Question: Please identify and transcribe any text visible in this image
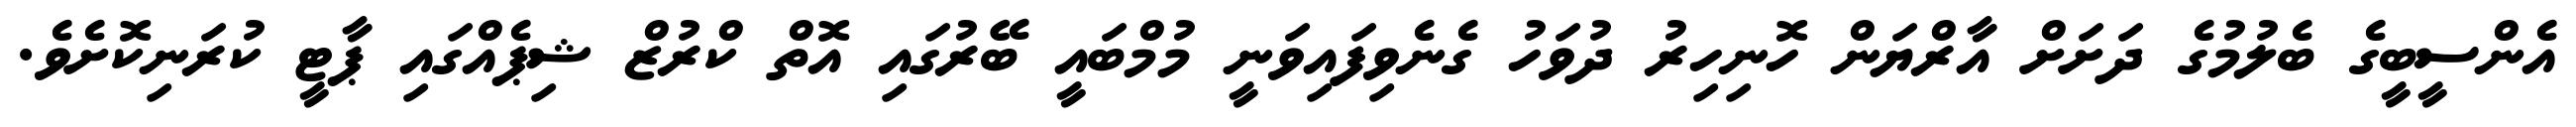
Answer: އެންސީބީގެ ބެލުމުގެ ދަށަށް އާރްޔަން ހޮނިހިރު ދުވަހު ގެނެވިފައިވަނީ މުމްބައީ ބޭރުގައި އޮތް ކްރުޒް ޝިޕެއްގައި ޕާޓީ ކުރަނިކޮށެވެ.